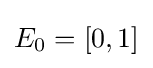
E_{0}=[0,1]